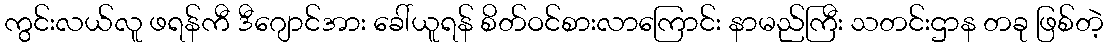
ကွင်းလယ်လူ ဖရန်ကီ ဒီဂျောင်အား ခေါ်ယူရန် စိတ်ဝင်စားလာကြောင်း နာမည်ကြီး သတင်းဌာန တခု ဖြစ်တဲ့